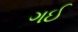
ગઈ